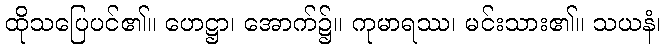
ထိုသပြေပင်၏။ ဟေဋ္ဌာ၊ အောက်၌။ ကုမာရဿ၊ မင်းသား၏။ သယနံ၊